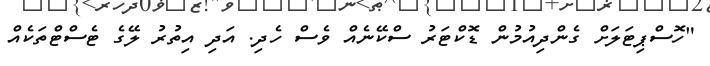
"ހޮސްޕިޓަލަށް ގެންދިއުމުން ޑޮކްޓަރު ސްކޭނެއް ވެސް ހެދި. އަދި އިތުރު ލޭގެ ޓެސްޓްތަކެއް